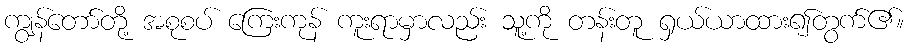
ကျွန်တော်တို့ အစုစပ် ကြေးကုန် ကူးရာမှာလည်း သူ့ကို တန်းတူ ရှယ်ယာထား၍တွက်၏။